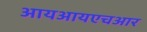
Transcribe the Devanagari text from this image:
आयआयएचआर